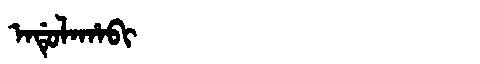
Manchu: ᠠᡩᡠᠯᠠᡥᠠᠪᡳ
Romanization: ADULAHABI